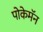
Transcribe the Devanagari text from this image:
पोकेमॅन